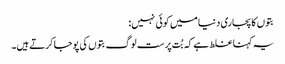
بتوں کا پجاری دنیا میں کوئی نہیں:
یہ کہنا غلط ہے کہ بُت پرست لوگ بتوں کی پوجا کرتے ہیں۔